Report of the Municipal Commissioner on the plague in Bombay for the year ending 31st May... - Volume 3
Disease focus: Plague
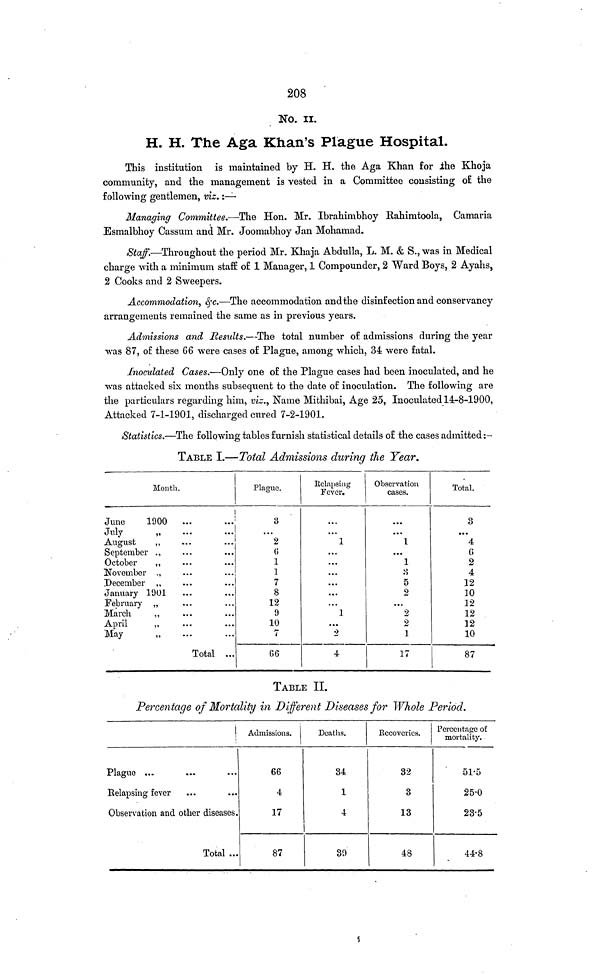
208
No. II.
H. H. The Aga Khan's Plague Hospital.
This institution is maintained by H. H. the Aga Khan for ihe Khoja
community, and the management is vested in a Committee consisting o£ the
following gentlemen, viz. :—
Managing Committee.—The Hon. Mr. Ibrahimbhoy Rahimtoola, Camaria
Esmalbhoy Cassum and Mr. Joomabhoy Jan Mohamad.
Staff.—Throughout the period Mr. Khaja Abdulla, L. M. & S., was in Medical
charge with a minimum staff of 1 Manager, 1 Compounder, 2 Ward Boys, 2 Ayahs,
2 Cooks and 2 Sweepers.
Accommodation, &c.—The accommodation and the disinfection and conservancy
arrangements remained the same as in previous years.
Admissions and Results.—The total number of admissions during the year
was 87, of these 66 were cases of Plague, among which, 34 were fatal.
Inoculated Cases.—Only one of the Plague cases had been inoculated, and he
was attacked six months subsequent to the date of inoculation. The following are
the particulars regarding him, viz., Name Mithibai, Age 25, Inoculated 14-8-1900,
Attacked 7-1-1901, discharged cured 7-2-1901.
Statistics.—The following tables furnish statistical details of the cases admitted :-
TABLE I.—Total Admissions during the Year.
Month.
June
1900
...
July
August
,
September .
October
,
November .
December ,
January 1901
February „
March
,,
April
,,
May
Total ...
Plague.
3
2
1
1
7
8
12
9
10
7
66
Relapsing
Fever.
...
1
...
...
...
...
...
...
1
...
2
4
Observation
cases.
...
1
...
1
5
2
...
2
2
17
Total.
...
4
6
2
4
12
10
12
12
12
10
87
TABLE II.
Percentage of Mortality in Different Diseases for Whole Period.
\ Admissions.
Plague ...
Relapsing fever
Observation and other diseases.
Total ...
66
4
17
87
Deaths.
34
1
4
39
Eecoveries.
32
3
13
48
Percentage of
mortality.
25·0
23·5
44·8